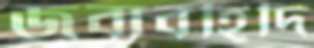
জবাবহিদি